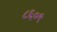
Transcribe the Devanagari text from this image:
८६०९